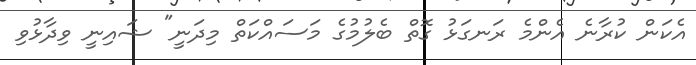
އެކަން ކުރާނެ އެންމެ ރަނގަޅު ގޮތް ބެލުމުގެ މަސައްކަތް މިދަނީ" ޝައިނީ ވިދާޅުވި